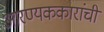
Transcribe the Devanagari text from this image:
आरण्यककारांची